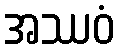
အဿဝံ